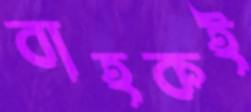
বাহকই